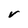
Character: V